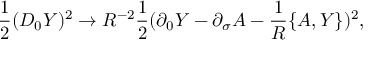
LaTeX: { \frac { 1 } { 2 } } ( D _ { 0 } Y ) ^ { 2 } \rightarrow R ^ { - 2 } { \frac { 1 } { 2 } } ( \partial _ { 0 } Y - \partial _ { \sigma } A - { \frac { 1 } { R } } \{ A , Y \} ) ^ { 2 } ,